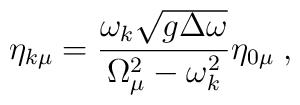
\eta_{k\mu}=\frac{\omega_k\sqrt{g\Delta \omega}}{\Omega_\mu^2-\omega_k^2}\eta_{0\mu}\;,